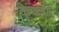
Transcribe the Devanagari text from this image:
केकणे